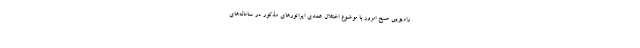
رادیویی صبح امروز با موضوع اختلال عمدی اپراتورهای مذکور در سامانه‌های